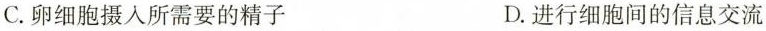
C. 卵细胞摄入所需要的精子 D. 进行细胞间的信息交流